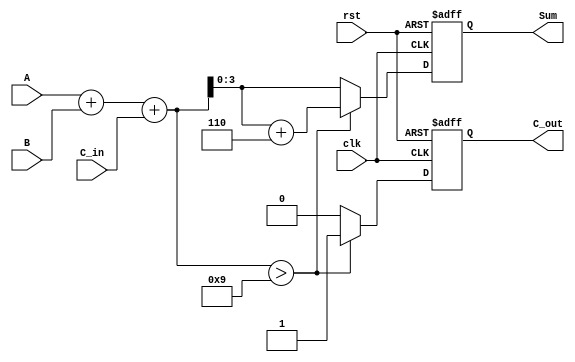
module BCD_Synchronous_Adder (
    input wire [3:0] A,        // First BCD digit
    input wire [3:0] B,        // Second BCD digit
    input wire C_in,           // Carry input
    input wire clk,            // Clock signal
    input wire rst,            // Reset signal
    output reg [3:0] Sum,      // BCD sum output
    output reg C_out           // Carry output
);

    reg [4:0] Full_Sum;        // 5-bit to hold the full binary sum

    always @(posedge clk or posedge rst) begin
        if (rst) begin
            Sum <= 4'b0000;     // Reset Sum to 0
            C_out <= 1'b0;      // Reset carry out to 0
        end else begin
            // Calculate the full sum
            Full_Sum = A + B + C_in;

            // Check for BCD correction
            if (Full_Sum > 5'b01001) begin
                Full_Sum = Full_Sum + 5'b00110; // Add 6 for BCD correction
                C_out <= 1'b1;                  // Set carry out
            end else begin
                C_out <= 1'b0;                  // No carry out
            end

            // Assign the lower 4 bits to Sum
            Sum <= Full_Sum[3:0];
        end
    end

endmodule